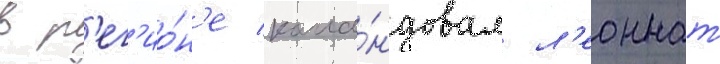
в р'ег'ио́н'е кома́ндовал л'еоннат